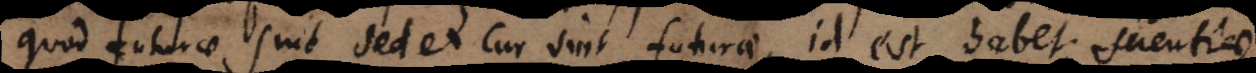
quod futurae sint, sed et cur sint futurae, id est habet scientiae